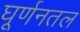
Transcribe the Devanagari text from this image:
घूर्णनतल